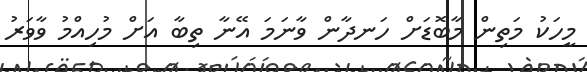
މީހަކު މަތިން މާބޮޑަށް ހަނދާން ވާނަމަ އޭނާ ތިބާ އަށް މުހިއްމު ވާވަރު